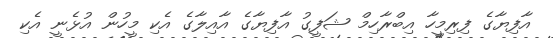
އާފިޔާގެ ފިރިމީހާ އިބްރާހިމް ޝަފީގު އާފިޔާގެ އާއިލާގެ އެކި މީހުން އުޅެނީ އެކި